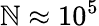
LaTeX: \mathbb{N}\approx10^{5}